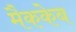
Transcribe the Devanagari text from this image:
मैककेब